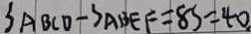
S _ { A B C D } - S _ { A B E F } = 8 s = 4 0 .